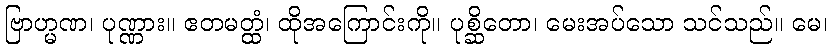
ဗြာဟ္မဏ၊ ပုဏ္ဏား။ ဧတမတ္ထံ၊ ထိုအကြောင်းကို။ ပုစ္ဆိတော၊ မေးအပ်သော သင်သည်။ မေ၊